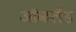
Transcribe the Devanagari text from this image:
आॅकलँड